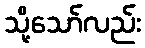
သို့သော်လည်း